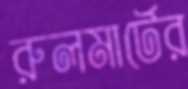
রুলমার্টের